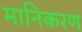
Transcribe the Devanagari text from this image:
मानिकरण